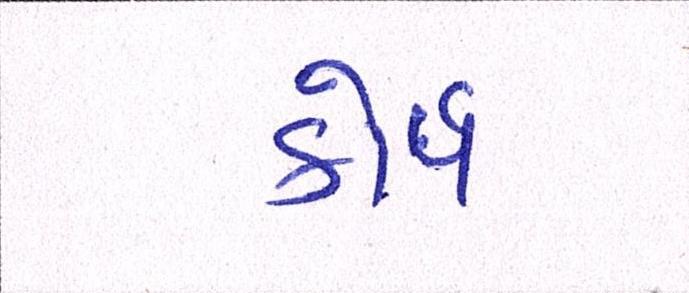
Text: કોર્પ